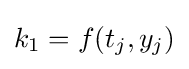
k_{1}=f(t_{j},y_{j})